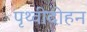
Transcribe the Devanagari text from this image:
पृथ्वीदोहन